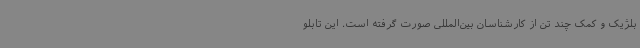
بلژیک و کمک چند تن از کارشناسان بین‌المللی صورت گرفته است. این تابلو